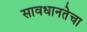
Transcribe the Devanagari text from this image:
सावधानतेचा